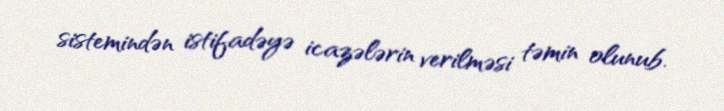
sistemindən istifadəyə icazələrin verilməsi təmin olunub.